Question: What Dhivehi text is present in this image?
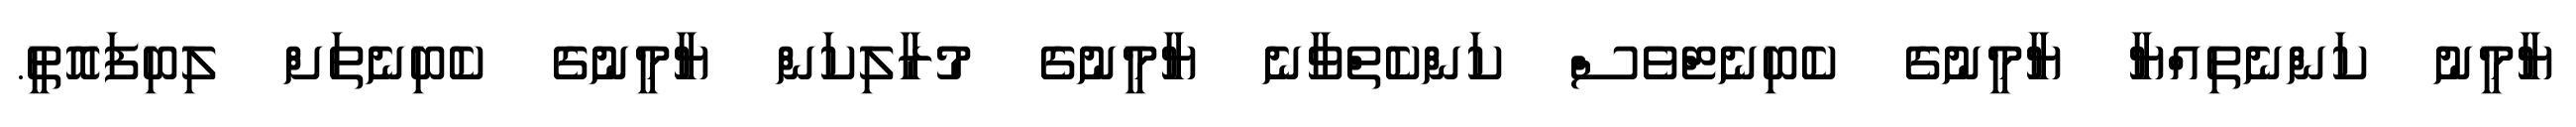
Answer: ޔާމީނު ކަންނެތިއްޔާ ޔާމީނުގެ ކެބިނެޓްވެސް ކަންކެތްވާނެ ޔާމީނުގެ މުރާލިކަން ޔާމީނުގެ ކެބިނެތަށް ލިބިފައޮތީ.